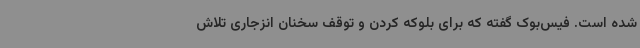
شده است. فیس‌بوک گفته که برای بلوکه کردن و توقف سخنان انزجاری تلاش